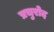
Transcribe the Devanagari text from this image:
प्रचुरोद